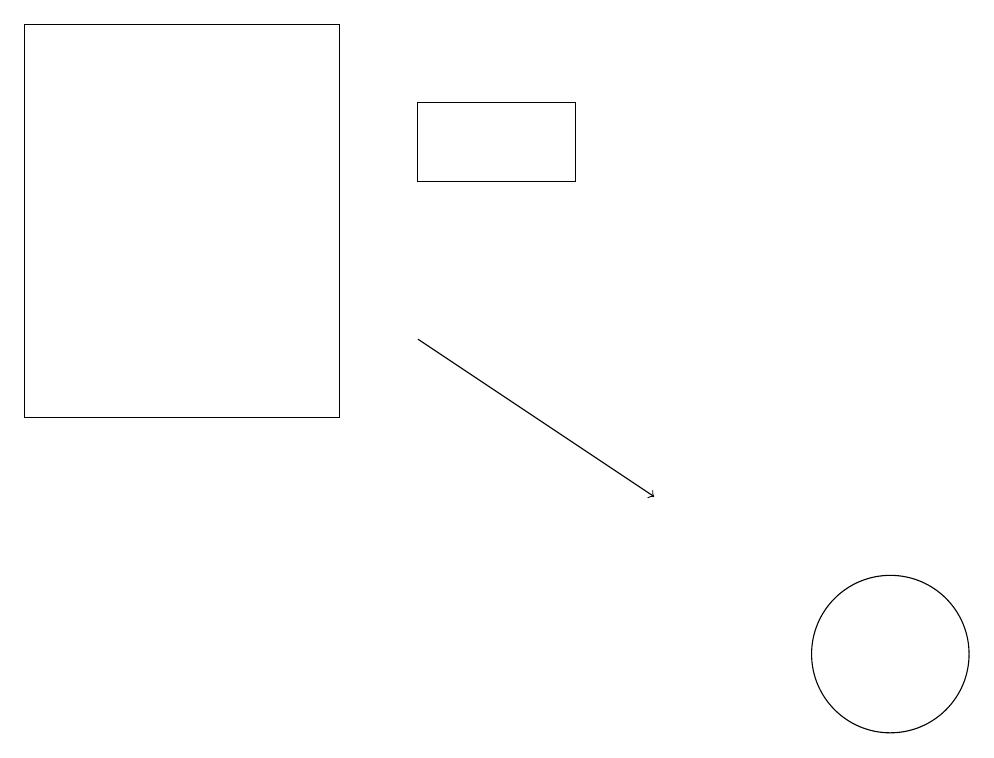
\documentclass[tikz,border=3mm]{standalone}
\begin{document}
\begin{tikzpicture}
\draw (11,11) circle (1);
\draw[->] (5,15) -- (8,13);
\draw (7,18) rectangle (5,17);
\draw (4,14) rectangle (0,19);
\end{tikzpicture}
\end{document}